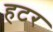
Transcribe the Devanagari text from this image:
हटर